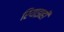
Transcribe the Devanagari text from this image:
रियाझही